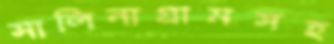
সালিনাগ্রামসহ